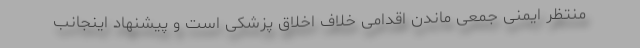
منتظر ایمنی جمعی ماندن اقدامی خلاف اخلاق پزشکی است و پیشنهاد اینجانب